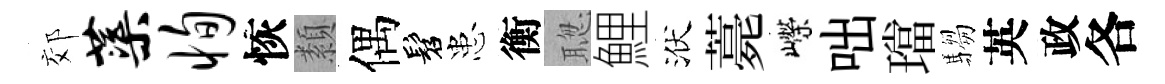
郊蕖恂恢纇偶髫患衡聦鯉洑薧嶸咄璫騶英政各